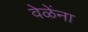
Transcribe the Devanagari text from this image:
वेळेंना